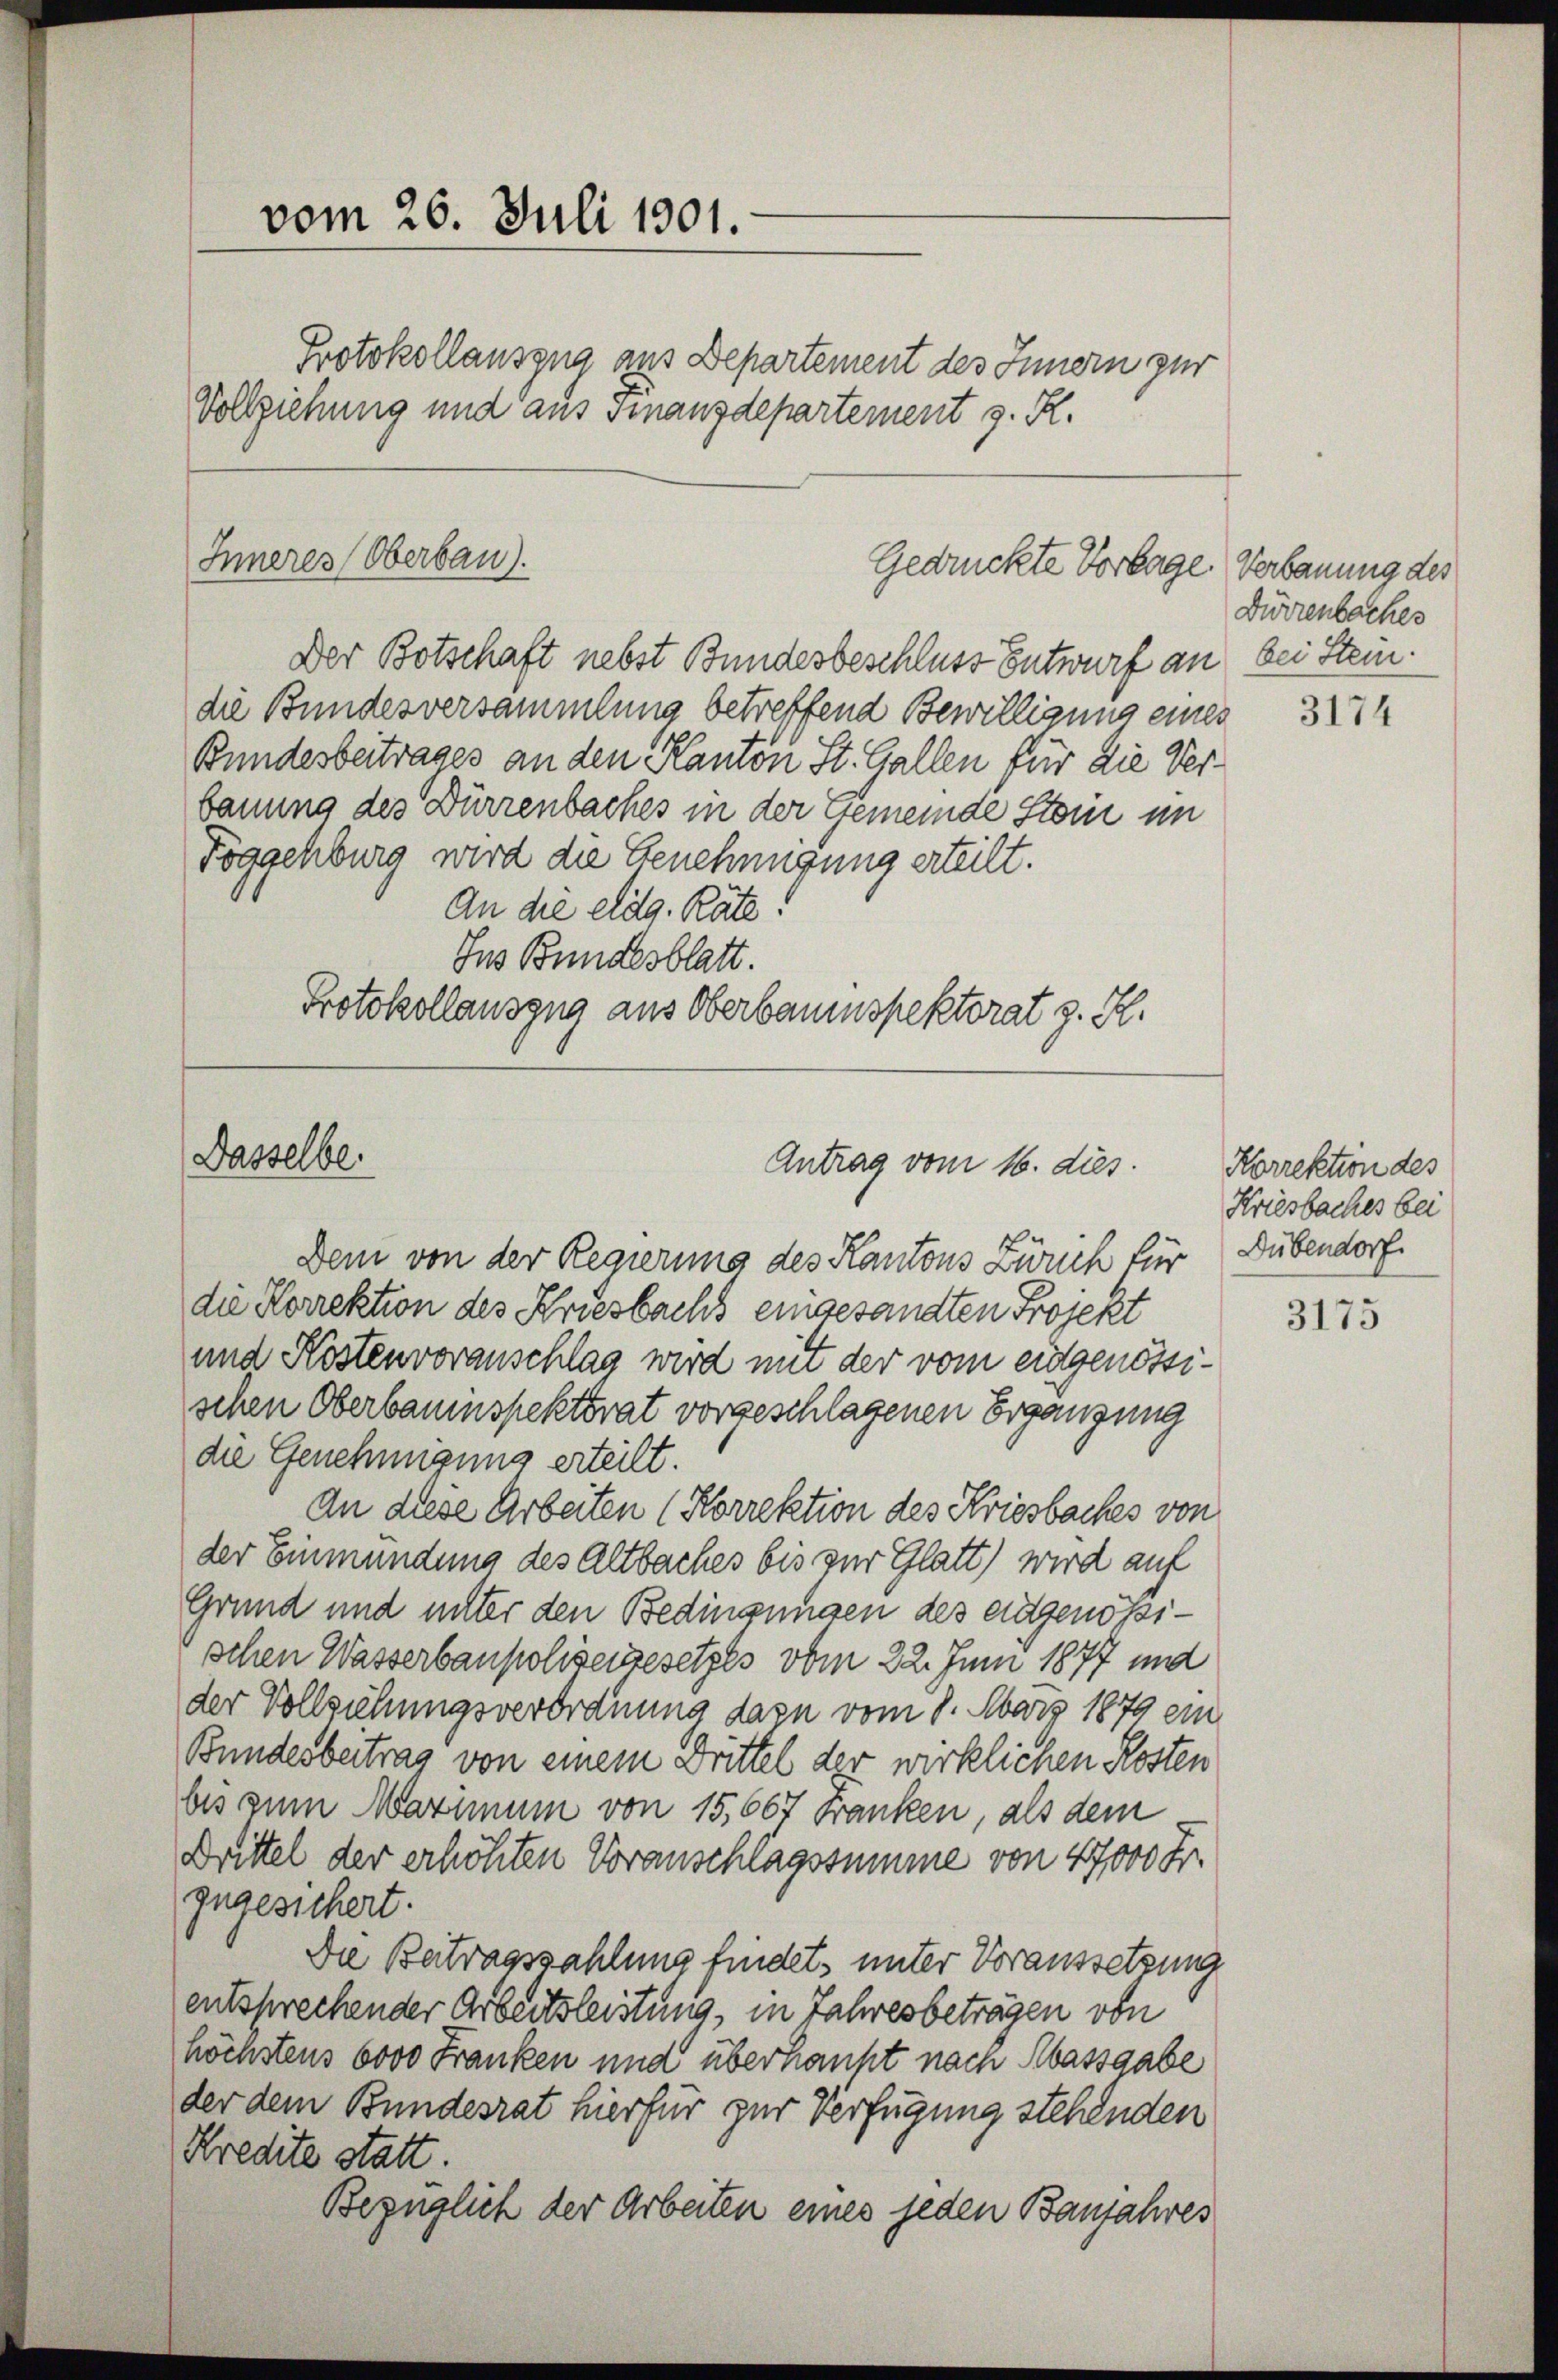
vom 26. Juli 1901.
Protokollauszug aus Departement des Innern zur
Vollziehung und aus Finanzdepartement z. R.

Inneres Oberbau).

Dasselbe.

Gedrückte Vorlage. Verbauung des

Antrag vom 16. dies

Der Botschaft nebst Bundesbeschluss Entwurf an bei Stein.
die Bundesversammlung betreffend Bewilligung eines
Bundesbeitrages an den Kanton St. Gallen für die Verbauung des Dürrenbaches in der Gemeinde Stoni im
Toggenburg wird die Genehmigung erteilt.
An die eldg. Räte!
Ins Bundesblatt.
Protokollausgna aus Oberbaumspektorat v. H.

Dem von der Regierung des Kantons Zürich für
die Korrektion des Kriesbachs eingesandten Projekt
und Kostenvoranschlag wird mit der vom eidgenössischen Oberbaumspektorat vorgeschlagenen Ergänzung
die Genehmigung erteilt.
An diese Arbeiten (Korrektion des Kriesbaches von
der Einmündung des Altbaches bis zur Glatt) wird auf
Grund und unter den Bedingungen des eidgenössischen Wasserbaupolizeigesetzes vom 22. Juni 1877 und
der Vollsuchungsverordnung dazu vom 8. März 1879 ein
Bundesbeitrag von einem Drittel der wirklichen Kosten
bis zum Maximum von 15,667 Franken, als dem
Drittel der erhöhten Voranschlagssumme von 47000 Fr.
zugesichert.
Die Beitragszahlung findet, unter Voraussetzung
entsprechender Arbeitsleistung, in Jahresbeträgen von
höchstens 6000 Franken und überhaupt nach Massgabe
der dem Bundesrat hierfür zur Verfügung stehenden
Kredite statt.
Bezüglich der Arbeiten eines jeden Baufahres

Dürzenbaches

3174

Korrektion des
Kriesbaches bei
Dübendorf

3175